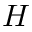
H